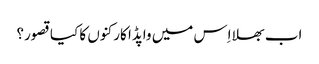
اب بھلا اِس میں واپڈا کارکنوں کا کیا قصور؟